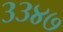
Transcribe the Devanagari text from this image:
३३४७